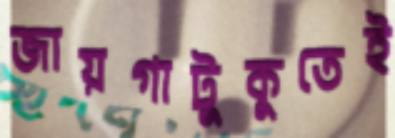
জায়গাটুকুতেই